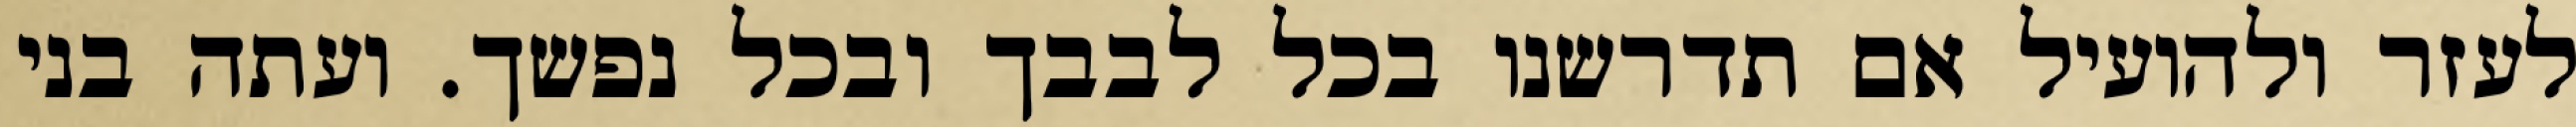
לעזר ולהועיל אם תדרשנו בכל לבבך ובכל נפשך. ועתה בני